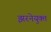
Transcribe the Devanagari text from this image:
झरनेयुक्त